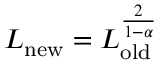
L _ { \mathrm { n e w } } = L _ { \mathrm { o l d } } ^ { \frac { 2 } { 1 - \alpha } }